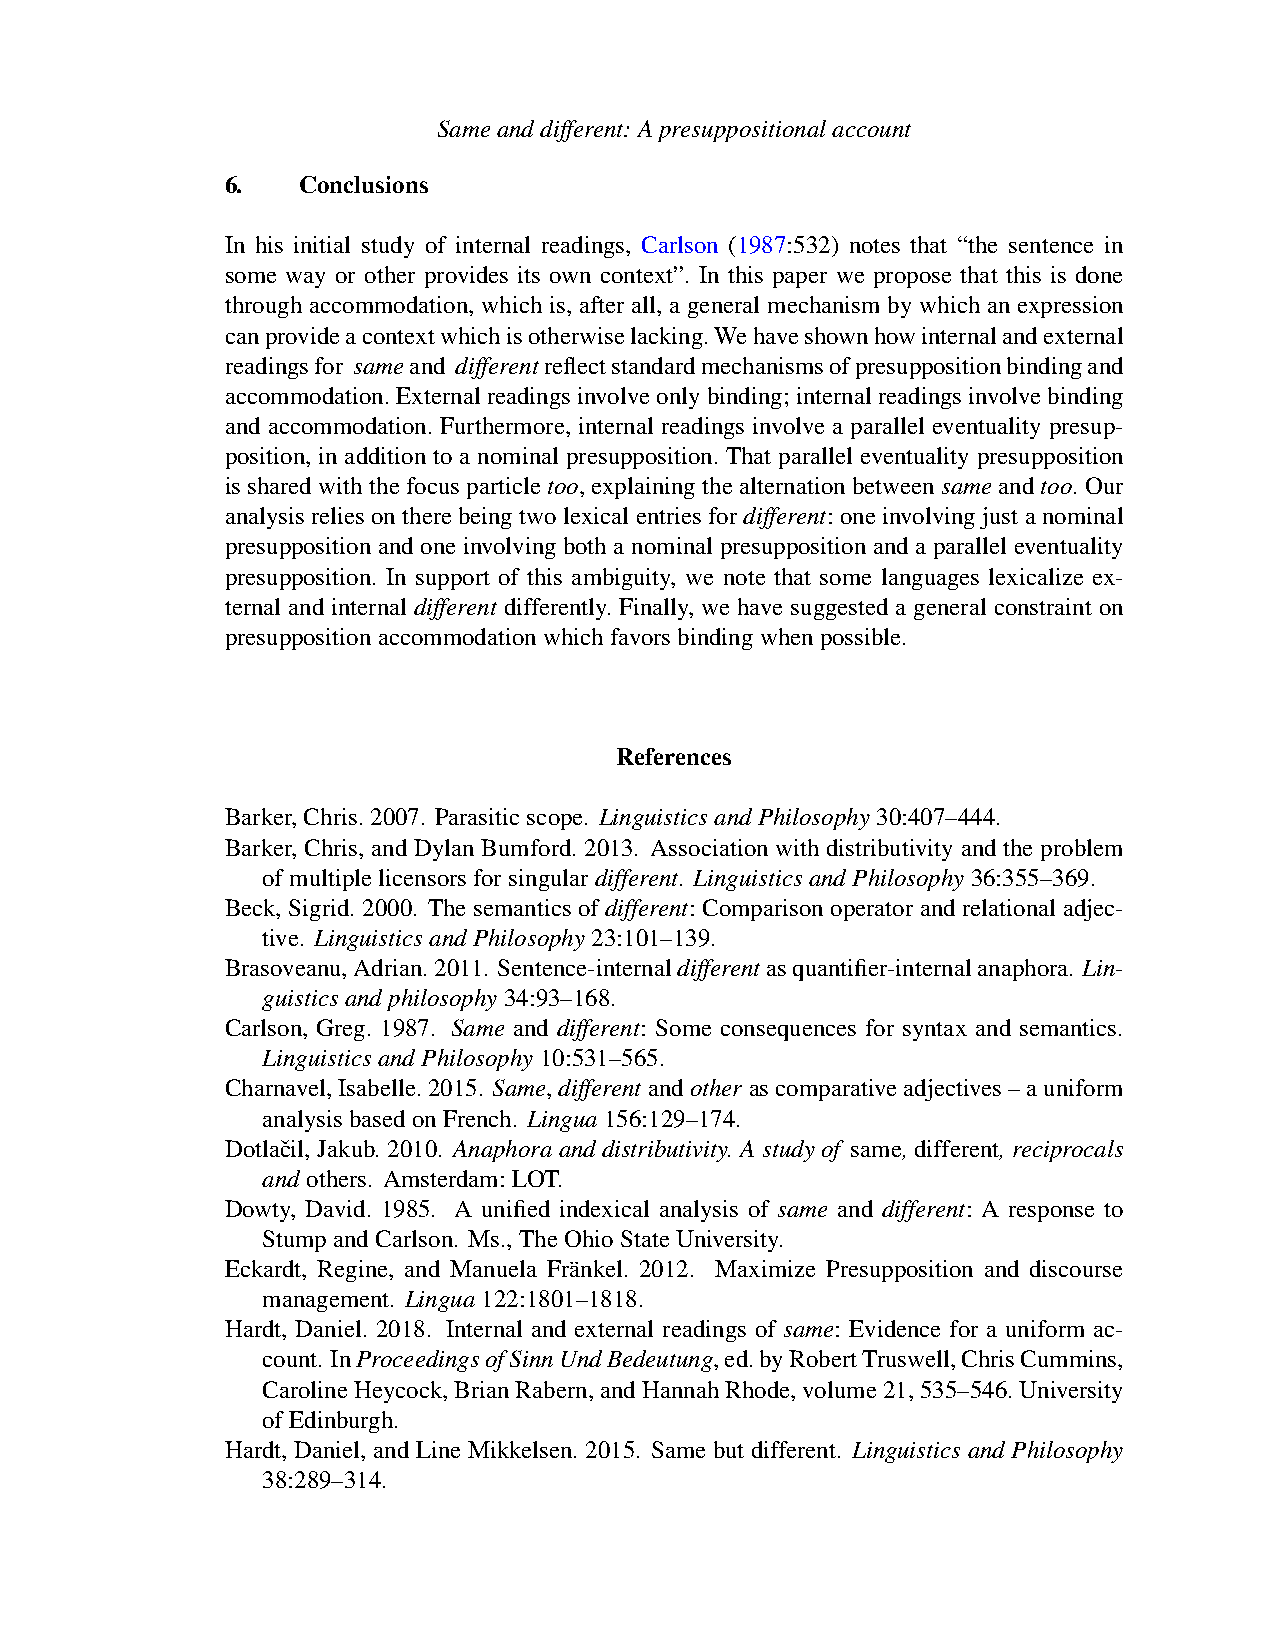
Sameanddifferent:Apresuppositionalaccount
 6.   Conclusions
 In his initial study of internal readings, Carlson (1987:532) notes that “the sentence in
 some way or other provides its own context”. In this paper we propose that this is done
 through accommodation, which is, after all, a general mechanism by which an expression
 canprovideacontextwhichisotherwiselacking.Wehaveshownhowinternalandexternal
 readingsfor sameand differentreflectstandardmechanismsofpresuppositionbindingand
 accommodation.Externalreadingsinvolveonlybinding;internalreadingsinvolvebinding
 and accommodation. Furthermore, internal readings involve a parallel eventuality presup-
 position, in addition to a nominal presupposition. That parallel eventuality presupposition
 issharedwiththefocusparticletoo,explainingthealternationbetweensameandtoo.Our
 analysisreliesontherebeingtwolexicalentriesfordifferent:oneinvolvingjustanominal
 presupposition and one involving both a nominal presupposition and a parallel eventuality
 presupposition. In support of this ambiguity, we note that some languages lexicalize ex-
 ternal and internal different differently. Finally, we have suggested a general constraint on
 presuppositionaccommodationwhichfavorsbindingwhenpossible.
 References
 Barker,Chris.2007. Parasiticscope. LinguisticsandPhilosophy30:407–444.
 Barker, Chris, and Dylan Bumford. 2013. Association with distributivity and the problem
 ofmultiplelicensorsforsingulardifferent. LinguisticsandPhilosophy36:355–369.
 Beck, Sigrid. 2000. The semantics of different: Comparison operator and relational adjec-
 tive. LinguisticsandPhilosophy23:101–139.
 Brasoveanu,Adrian.2011. Sentence-internaldifferentasquantifier-internalanaphora. Lin-
 guisticsandphilosophy34:93–168.
 Carlson, Greg. 1987. Same and different: Some consequences for syntax and semantics.
 LinguisticsandPhilosophy10:531–565.
 Charnavel,Isabelle.2015. Same,different andother ascomparativeadjectives–auniform
 analysisbasedonFrench. Lingua156:129–174.
 Dotlacˇil, Jakub. 2010. Anaphora and distributivity. A study of same, different, reciprocals
 and others. Amsterdam:LOT.
 Dowty, David. 1985. A unified indexical analysis of same and different: A response to
 StumpandCarlson. Ms.,TheOhioStateUniversity.
 Eckardt, Regine, and Manuela Fra¨nkel. 2012. Maximize Presupposition and discourse
 management. Lingua122:1801–1818.
 Hardt, Daniel. 2018. Internal and external readings of same: Evidence for a uniform ac-
 count. InProceedingsofSinnUndBedeutung,ed.byRobertTruswell,ChrisCummins,
 CarolineHeycock,BrianRabern,andHannahRhode,volume21,535–546.University
 ofEdinburgh.
 Hardt, Daniel, and Line Mikkelsen. 2015. Same but different. Linguistics and Philosophy
 38:289–314.